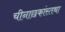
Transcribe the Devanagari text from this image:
चीनाछकांस्तथा